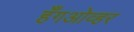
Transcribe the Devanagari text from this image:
हँगओव्हर